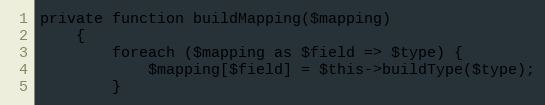
Language: PHP
private function buildMapping($mapping)
    {
        foreach ($mapping as $field => $type) {
            $mapping[$field] = $this->buildType($type);
        }